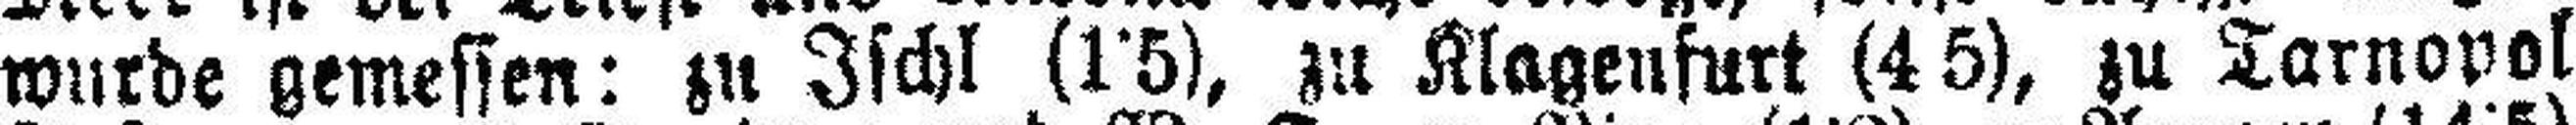
wurde gemessen: zu Ischl (1˙5), zu Klagenfurt (4 5), zu Tarnopol